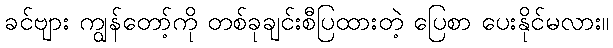
ခင်ဗျား ကျွန်တော့်ကို တစ်ခုချင်းစီပြထားတဲ့ ပြေစာ ပေးနိုင်မလား။